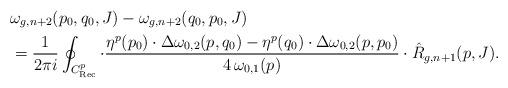
LaTeX: \begin{align*} &\omega_{g,n+2}(p_0,q_0,J)-\omega_{g,n+2}(q_0,p_0,J)\\ &=\frac{1}{2\pi i} \oint_{C_{{\rm Rec}}^p}\cdot\frac{\eta^{p}(p_0)\cdot\Delta\omega_{0,2}(p,q_0)-\eta^{p}(q_0)\cdot\Delta\omega_{0,2}(p,p_0)}{4\,\omega_{0,1}(p)}\cdot \hat R_{g,n+1}(p,J).\end{align*}